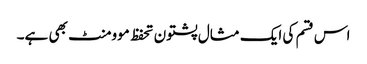
اس قسم کی ایک مثال پشتون تحفظ موومنٹ بھی ہے۔